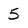
Character: 5